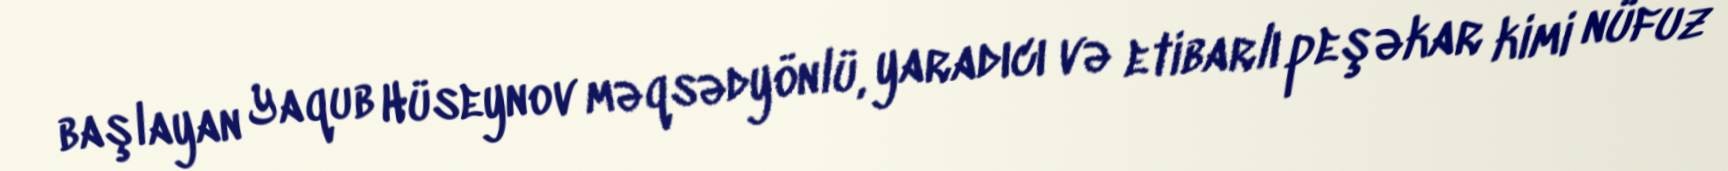
başlayan Yaqub Hüseynov məqsədyönlü, yaradıcı və etibarlı peşəkar kimi nüfuz